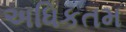
અધિકતમ